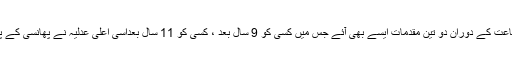
پھر اسی پانامہ کیس کی سماعت کے دوران دو تین مقدمات ایسے بھی آئے جس میں کسی کو 9 سال بعد ، کسی کو 11 سال بعداسی اعلی عدلیہ نے پھانسی کے پھندے سے بچا کر بری کیا۔